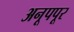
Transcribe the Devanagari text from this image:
अनूपपूर